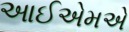
આઈએમએ